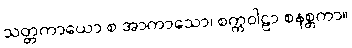
သတ္တကာယော စ အာကာသော၊ စက္ကဝါဠာ စနစ္တကာ။